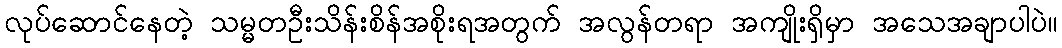
လုပ်ဆောင်နေတဲ့ သမ္မတဦးသိန်းစိန်အစိုးရအတွက် အလွန်တရာ အကျိုးရှိမှာ အသေအချာပါပဲ။